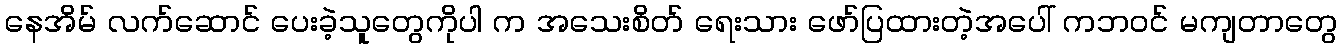
နေအိမ် လက်ဆောင် ပေးခဲ့သူတွေကိုပါ က အသေးစိတ် ရေးသား ဖော်ပြထားတဲ့အပေါ် ကဘဝင် မကျတာတွေ